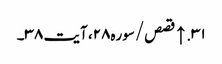
۳۱. ↑ قصص/سوره۲۸، آیت ۳۸۔